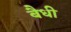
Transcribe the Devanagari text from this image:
बैधी